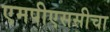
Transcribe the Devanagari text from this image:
एमपीएससीचा